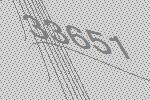
33651